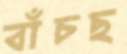
বাঁচছ